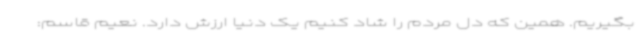
بگیریم. همین که دل مردم را شاد کنیم یک دنیا ارزش دارد. نعیم قاسم: